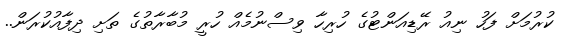
ކުރުމަށް ފަހު ނިއު ރޭޑިއަންޓުގެ ހުރިހާ ވިސްނުމެއް ހުރީ މުބާރާތުގެ ތަށި ދިފާއުކުރަން..